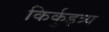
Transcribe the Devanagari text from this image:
किर्कुइत्र्य